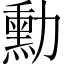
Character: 勳